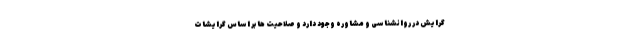
گرایش در روانشناسی و مشاوره وجود دارد و صلاحیت ها بر اساس گرایشات